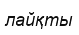
лайқты